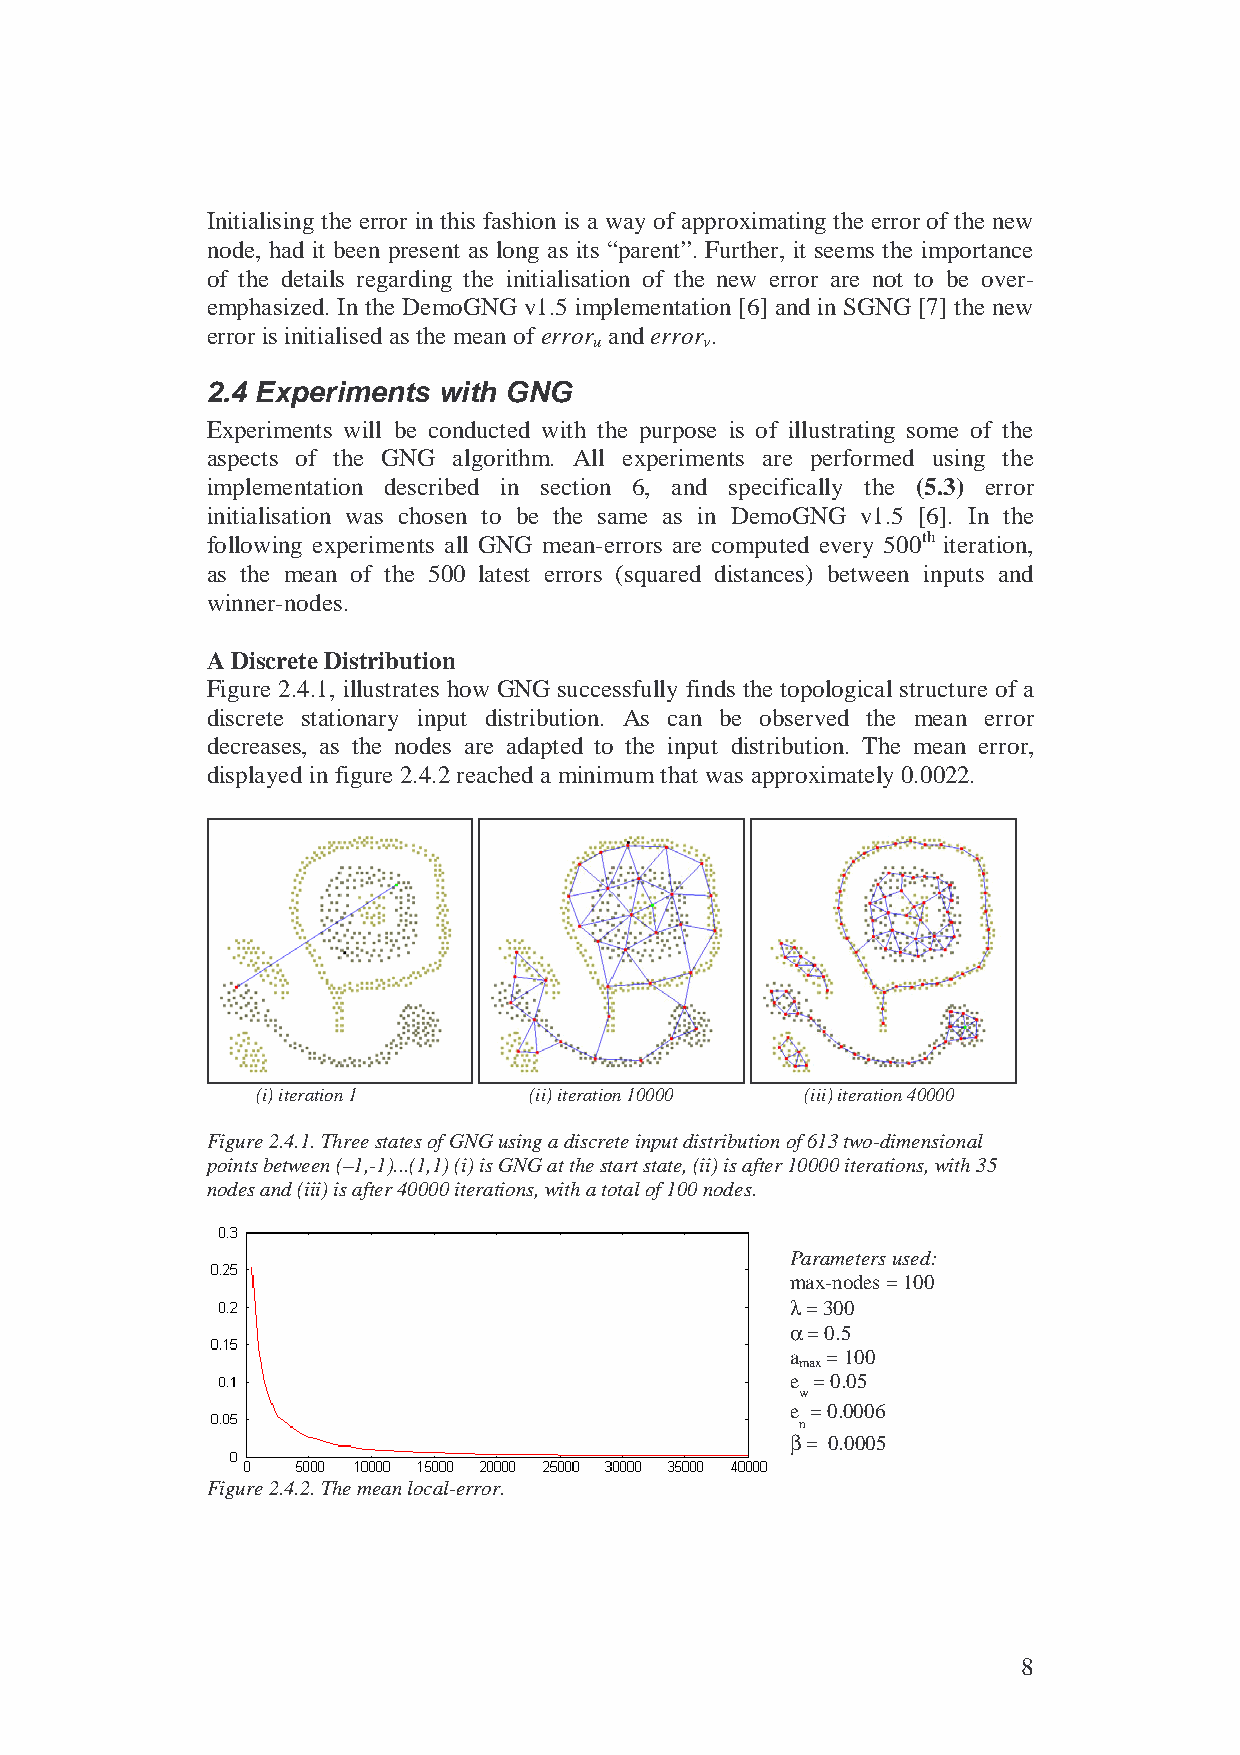
Initialising the error in this fashion is a way of approximating the error of the new
 node, had it been present as long as its “parent”. Further, it seems the importance
 of the details regarding the initialisation of the new error are not to be over-
 emphasized. In the DemoGNG v1.5 implementation [6] and in SGNG [7] the new
 error is initialised as the mean of error and error .
 u       v
 2.4 Experiments with GNG
 Experiments will be conducted with the purpose is of illustrating some of the
 aspects of the GNG algorithm. All experiments are performed using the
 implementation described in section 6, and specifically the (5.3) error
 initialisation was chosen to be the same as in DemoGNG v1.5 [6]. In the
 following experiments all GNG mean-errors are computed every 500th iteration,
 as the mean of the 500 latest errors (squared distances) between inputs and
 winner-nodes.
 A Discrete Distribution
 Figure 2.4.1, illustrates how GNG successfully finds the topological structure of a
 discrete stationary input distribution. As can be observed the mean error
 decreases, as the nodes are adapted to the input distribution. The mean error,
 displayed in figure 2.4.2 reached a minimum that was approximately 0.0022.
 (i) iteration 1   (ii) iteration 10000 (iii) iteration 40000
 Figure 2.4.1. Three states of GNG using a discrete input distribution of 613 two-dimensional
 points between (–1,-1)...(1,1) (i) is GNG at the start state, (ii) is after 10000 iterations, with 35
 nodes and (iii) is after 40000 iterations, with a total of 100 nodes.
 Parameters used:
 max-nodes = 100
 λ = 300
 α = 0.5
 a  = 100
 max
 e = 0.05
 w
 e = 0.0006
 n
 β = 0.0005
 Figure 2.4.2. The mean local-error.
 8